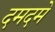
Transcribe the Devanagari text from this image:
दमदमे